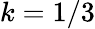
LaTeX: k=1/3